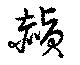
赬